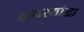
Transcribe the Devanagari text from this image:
वानरयोद्धा